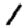
Digit: 1